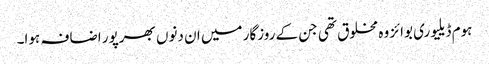
ہوم ڈیلیوری بوائز وہ مخلوق تھی جن کے روزگار میں ان دنوں بھرپور اضافہ ہوا۔